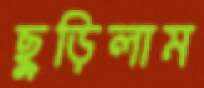
ছুড়িলাম